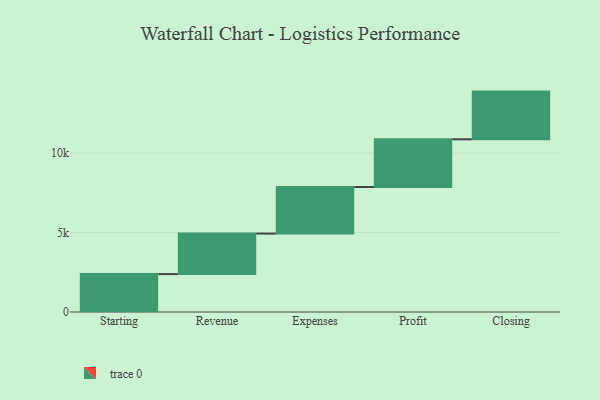
{"axis": {"x": "Step", "y": "Value"}, "legend": [""], "data": [{"x": "Starting", "y": 2383.0, "type": ""}, {"x": "Revenue", "y": 2550.0, "type": ""}, {"x": "Expenses", "y": 2932.0, "type": ""}, {"x": "Profit", "y": 3000, "type": ""}, {"x": "Closing", "y": 3000, "type": ""}]}